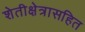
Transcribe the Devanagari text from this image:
शेतीक्षेत्रासहित